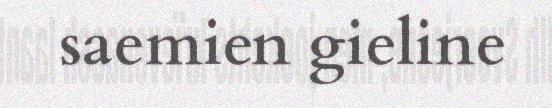
saemien gieline